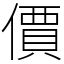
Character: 價